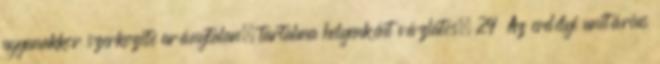
ugyanakkor szerkezete aránytalan, tartalma helyenként vázlatos. 24 Az erdélyi unitárius